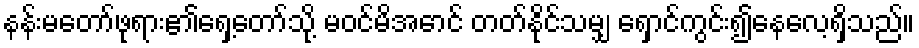
နန်းမတော်ဖုရား၏ရှေ့တော်သို့ မဝင်မိအောင် တတ်နိုင်သမျှ ရှောင်ကွင်း၍နေလေ့ရှိသည်။